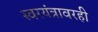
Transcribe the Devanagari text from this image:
स्वरयंत्रावरही